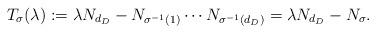
LaTeX: \begin{align*}T_{\sigma}(\lambda) := \lambda N_{d_D}- N_{\sigma^{-1} (1)}\cdots N_{\sigma^{-1} (d_D)} = \lambda N_{d_D}- N_{\sigma}. \end{align*}